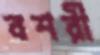
বশরী